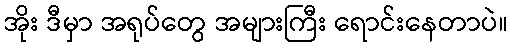
အိုး ဒီမှာ အရုပ်တွေ အများကြီး ရောင်းနေတာပဲ။